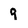
Character: 9